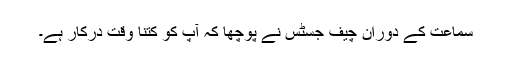
سماعت کے دوران چیف جسٹس نے پوچھا کہ آپ کو کتنا وقت درکار ہے۔